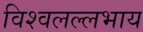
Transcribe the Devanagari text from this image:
विश्वलल्लभाय